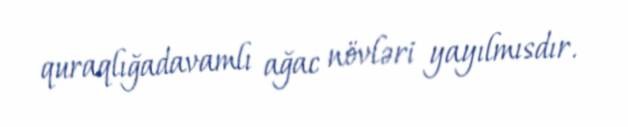
quraqlığadavamlı ağac növləri yayılmısdır.